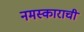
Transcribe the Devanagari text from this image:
नमस्काराची